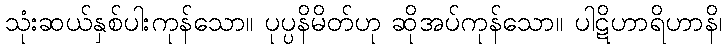
သုံးဆယ်နှစ်ပါးကုန်သော။ ပုပ္ပနိမိတ်ဟု ဆိုအပ်ကုန်သော။ ပါဋိဟာရိဟာနိ၊